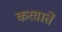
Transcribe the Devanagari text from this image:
करवातें